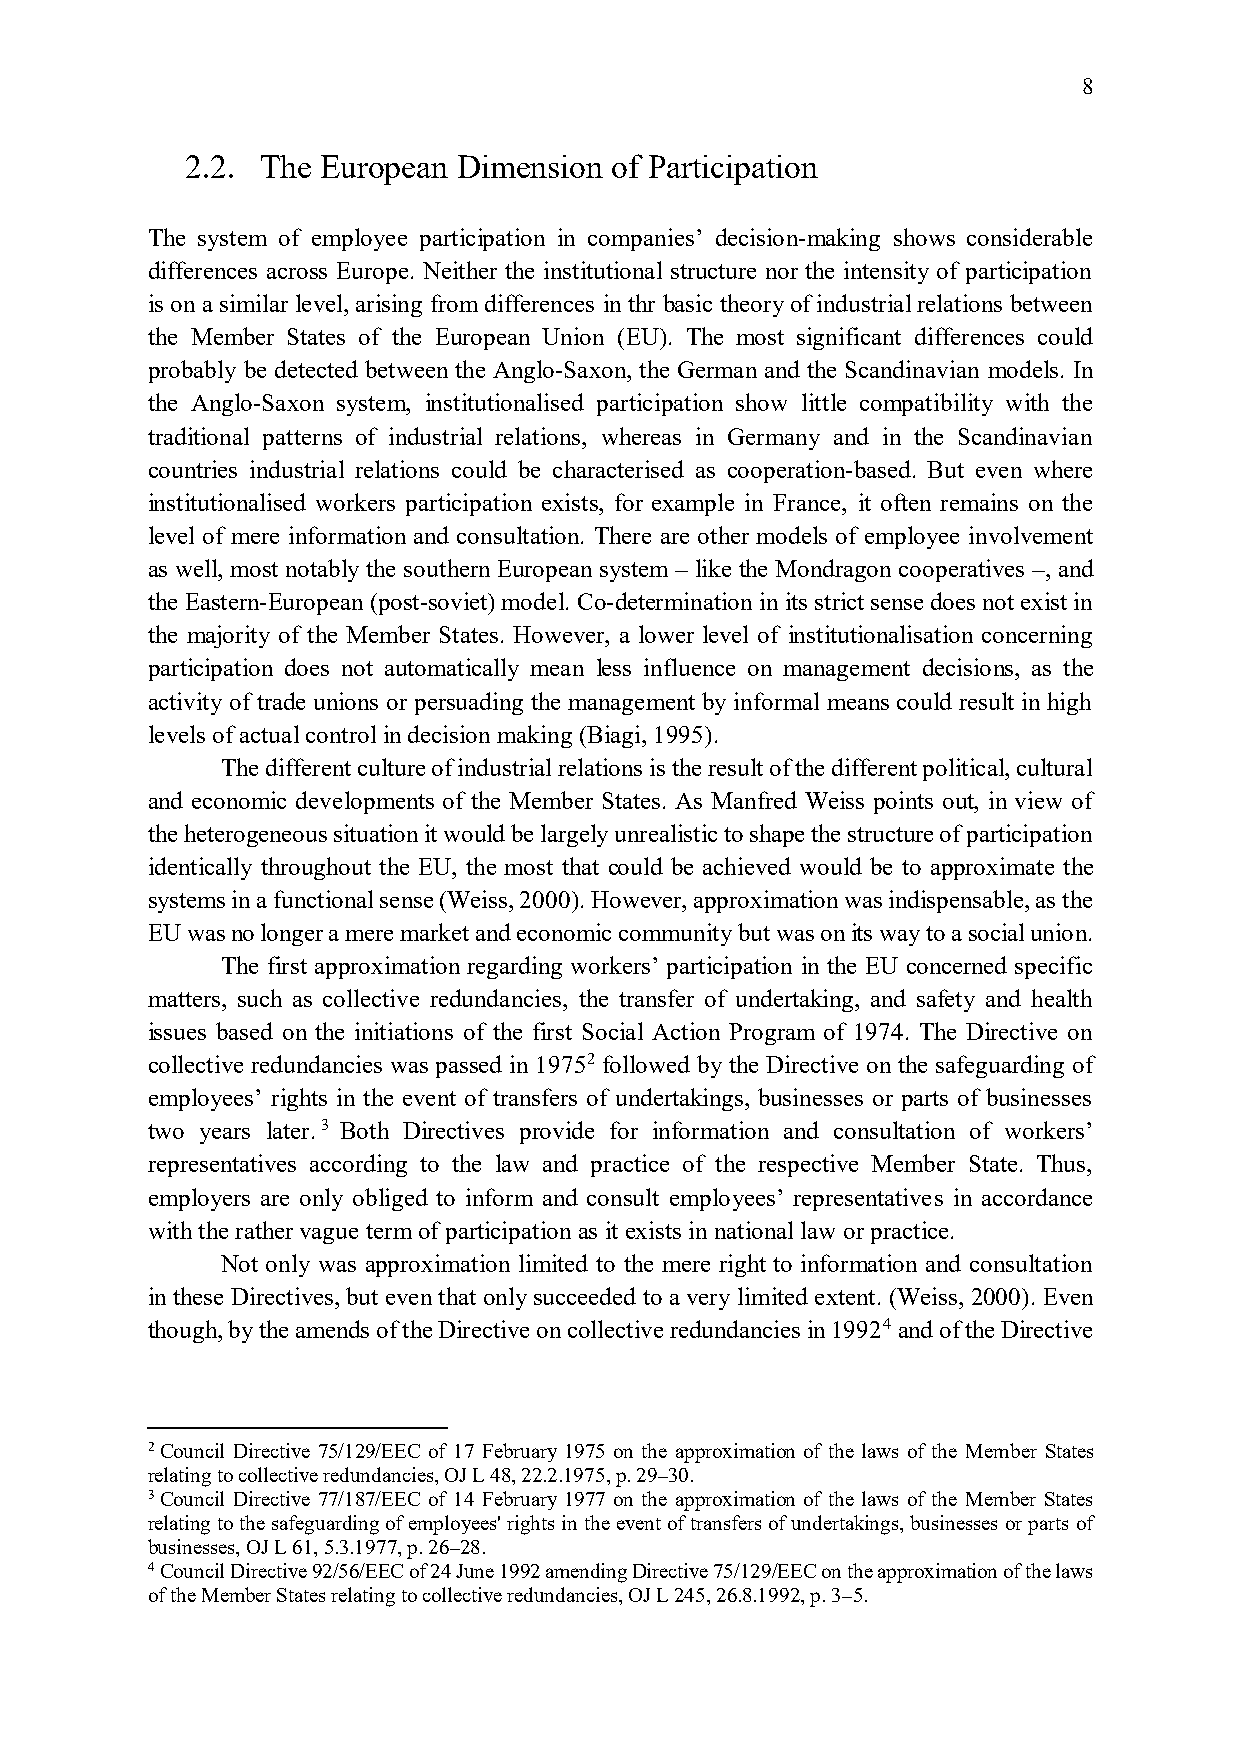
8
 2.2. The European Dimension of Participation
 The system of employee participation in companies’ decision-making shows considerable
 differences across Europe. Neither the institutional structure nor the intensity of participation
 is on a similar level, arising from differences in thr basic theory of industrial relations between
 the Member States of the European Union (EU). The most significant differences could
 probably be detected between the Anglo-Saxon, the German and the Scandinavian models. In
 the Anglo-Saxon system, institutionalised participation show little compatibility with the
 traditional patterns of industrial relations, whereas in Germany and in the Scandinavian
 countries industrial relations could be characterised as cooperation-based. But even where
 institutionalised workers participation exists, for example in France, it often remains on the
 level of mere information and consultation. There are other models of employee involvement
 as well, most notably the southern European system – like the Mondragon cooperatives –, and
 the Eastern-European (post-soviet) model. Co-determination in its strict sense does not exist in
 the majority of the Member States. However, a lower level of institutionalisation concerning
 participation does not automatically mean less influence on management decisions, as the
 activity of trade unions or persuading the management by informal means could result in high
 levels of actual control in decision making (Biagi, 1995).
 The different culture of industrial relations is the result of the different political, cultural
 and economic developments of the Member States. As Manfred Weiss points out, in view of
 the heterogeneous situation it would be largely unrealistic to shape the structure of participation
 identically throughout the EU, the most that could be achieved would be to approximate the
 systems in a functional sense (Weiss, 2000). However, approximation was indispensable, as the
 EU was no longer a mere market and economic community but was on its way to a social union.
 The first approximation regarding workers’ participation in the EU concerned specific
 matters, such as collective redundancies, the transfer of undertaking, and safety and health
 issues based on the initiations of the first Social Action Program of 1974. The Directive on
 collective redundancies was passed in 19752 followed by the Directive on the safeguarding of
 employees’ rights in the event of transfers of undertakings, businesses or parts of businesses
 two years later.3 Both Directives provide for information and consultation of workers’
 representatives according to the law and practice of the respective Member State. Thus,
 employers are only obliged to inform and consult employees’ representatives in accordance
 with the rather vague term of participation as it exists in national law or practice.
 Not only was approximation limited to the mere right to information and consultation
 in these Directives, but even that only succeeded to a very limited extent. (Weiss, 2000). Even
 though, by the amends of the Directive on collective redundancies in 19924 and of the Directive
 2 Council Directive 75/129/EEC of 17 February 1975 on the approximation of the laws of the Member States
 relating to collective redundancies, OJ L 48, 22.2.1975, p. 29–30.
 3 Council Directive 77/187/EEC of 14 February 1977 on the approximation of the laws of the Member States
 relating to the safeguarding of employees' rights in the event of transfers of undertakings, businesses or parts of
 businesses, OJ L 61, 5.3.1977, p. 26–28.
 4 Council Directive 92/56/EEC of 24 June 1992 amending Directive 75/129/EEC on the approximation of the laws
 of the Member States relating to collective redundancies, OJ L 245, 26.8.1992, p. 3–5.